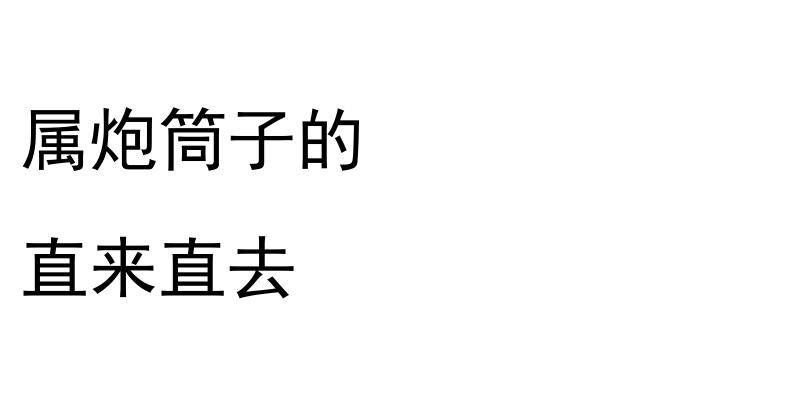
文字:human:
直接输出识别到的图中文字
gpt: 属炮筒子的 直来直去